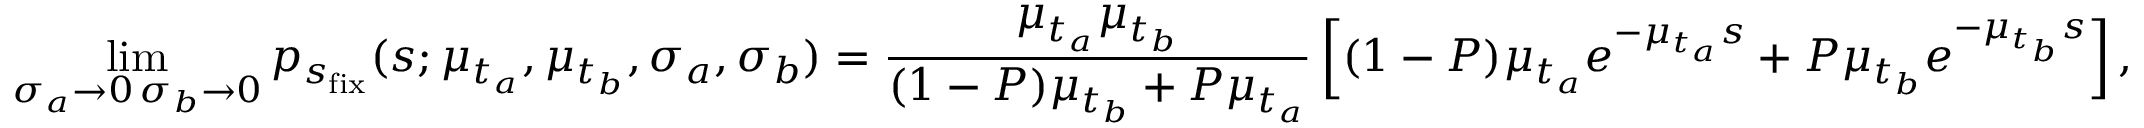
\operatorname* { l i m } _ { \substack { \sigma _ { a } \rightarrow 0 \, \sigma _ { b } \rightarrow 0 } } p _ { s _ { \mathrm { f i x } } } ( s ; \mu _ { t _ { a } } , \mu _ { t _ { b } } , \sigma _ { a } , \sigma _ { b } ) = \frac { \mu _ { t _ { a } } \mu _ { t _ { b } } } { ( 1 - P ) \mu _ { t _ { b } } + P \mu _ { t _ { a } } } \left[ ( 1 - P ) \mu _ { t _ { a } } e ^ { - \mu _ { t _ { a } } s } + P \mu _ { t _ { b } } e ^ { - \mu _ { t _ { b } } s } \right] ,